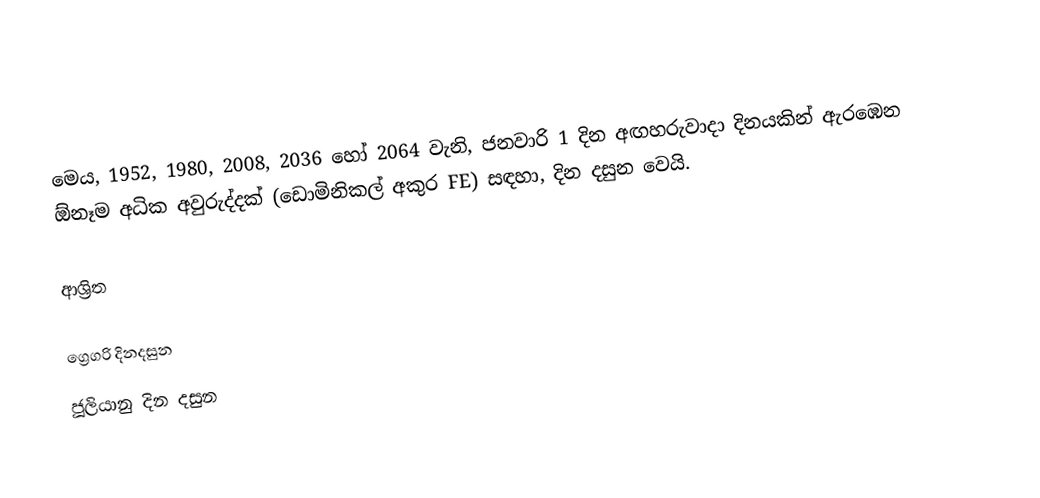
මෙය, 1952, 1980, 2008, 2036 හෝ 2064 වැනි, ජනවාරි 1 දින අඟහරුවාදා දිනයකින් ඇරඹෙන ඕනෑම  අධික අවුරුද්දක්  (ඩොමිනිකල් අකුර FE) සඳහා,  දින දසුන වෙයි.

ආශ්‍රිත

ග්‍රෙගරි දිනදසුන
ජූලියානු දින දසුන